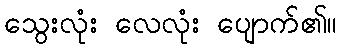
သွေးလုံး လေလုံး ပျောက်၏။